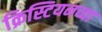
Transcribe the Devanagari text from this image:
क्रिस्टियनच्या